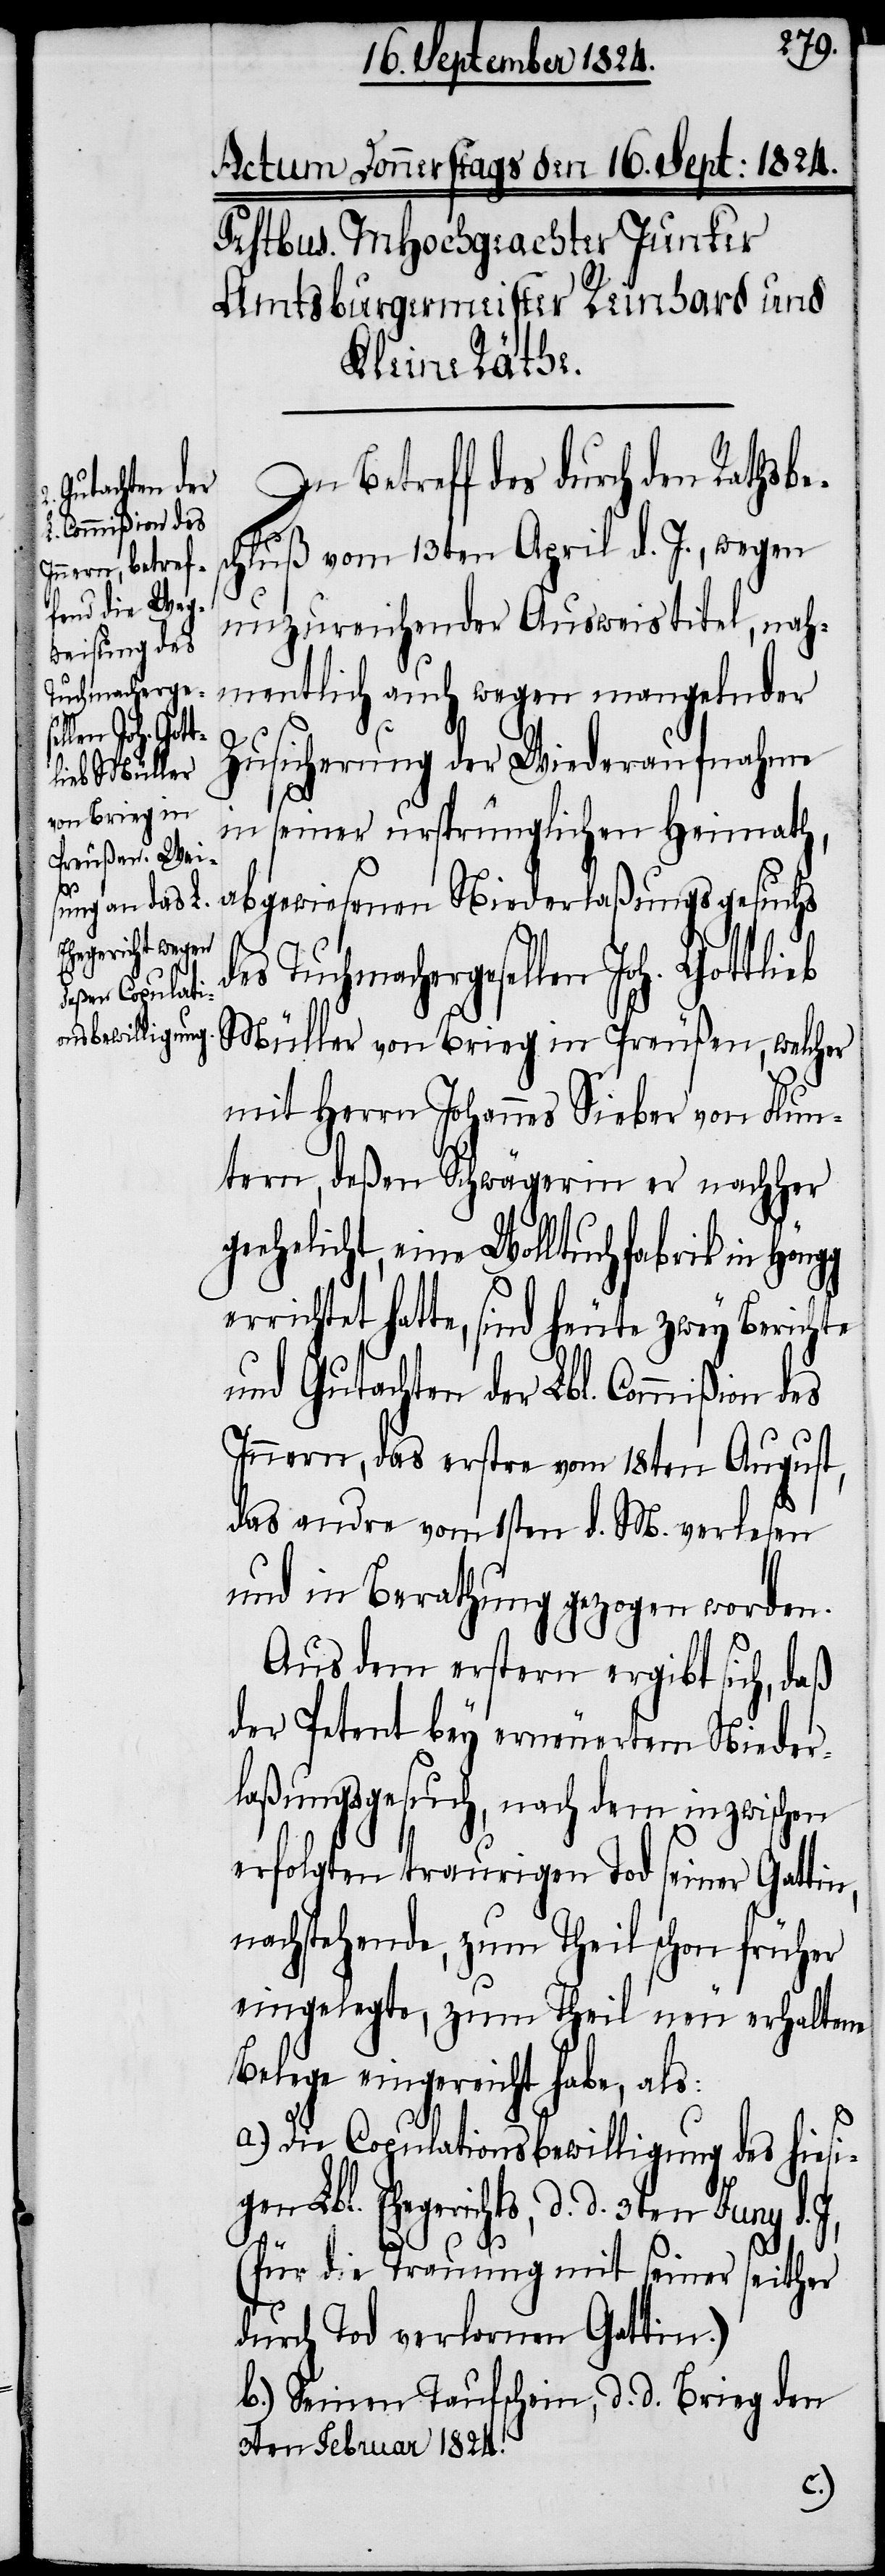
Gutachten der
Commißion des
s:

In Betreff des durch den Rathsbe¬
schluß vom 13ten April d. J., wegen
unzureichender Ausweistitel, nah¬
mentlich auch wegen mangelnder
Zusicherung der Wiederaufnahme
g
in seiner ursprünglichen Heimath,
abgewiesenen Niederlaßungsgesuchs
des Tuchmachergesellen
Müller von Brieg in Preußen, welcher
mit Herrn Johannes Sieber von Flun¬
tern, deßen Schwägerin er nachher
geehelicht, eine Wolltuchfabrik in Höng¬
errichtet hatte, sind heute zwey Berichte
Innern, das erstre vom 18ten August,
das andre vom 1sten d. M. verlesen
und in Berathung gezogen worden.
Aus dem erstern ergibt sich, daß
der Petent bey erneuertem Nieder¬
laßungsgesuch, nach dem inzwischen
erfolgten traurigen Tod seiner Gattin,
nachstehende, zum Theil schon früher
eingelegte, zum Theil neu erhaltene
Belege eingereicht habe, al¬
a.) Die Copulationsbewilligung des hiesi¬
gen Lbl. Ehegerichts, d. d. 3ten Juny
(für die Trauung mit seiner seither
durch Tod verlornen Gattin.)
b.) Seinen Taufschein, d. d. Brieg den
3ten Februar 1824.